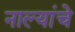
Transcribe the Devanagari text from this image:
नाल्यांचे